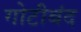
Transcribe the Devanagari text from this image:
गोटीबंद